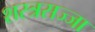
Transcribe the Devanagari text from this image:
शस्त्रसज्जा